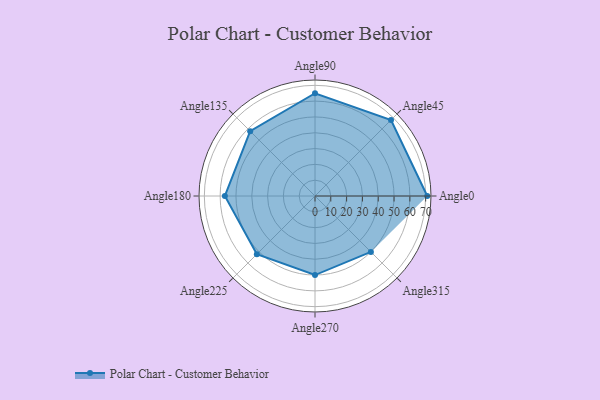
{"axis": {"x": "Angle", "y": "Radius"}, "legend": [""], "data": [{"x": "Angle0", "y": 71.0, "type": ""}, {"x": "Angle45", "y": 68.0, "type": ""}, {"x": "Angle90", "y": 65.0, "type": ""}, {"x": "Angle135", "y": 58.0, "type": ""}, {"x": "Angle180", "y": 57.0, "type": ""}, {"x": "Angle225", "y": 52.0, "type": ""}, {"x": "Angle270", "y": 50, "type": ""}, {"x": "Angle315", "y": 50, "type": ""}]}